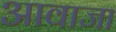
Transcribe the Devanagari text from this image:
आवाजा